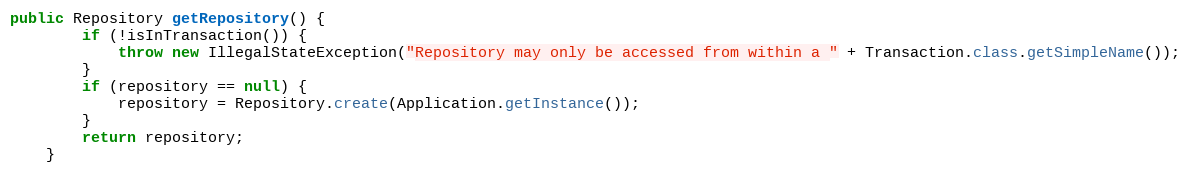
Language: Java
public Repository getRepository() {
		if (!isInTransaction()) {
			throw new IllegalStateException("Repository may only be accessed from within a " + Transaction.class.getSimpleName());
		}
		if (repository == null) {
			repository = Repository.create(Application.getInstance());
		}
		return repository;
	}